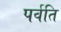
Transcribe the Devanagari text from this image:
पर्वति